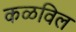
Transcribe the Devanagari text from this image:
कळविल